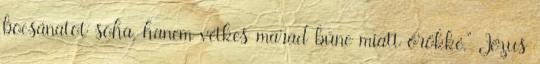
bocsánatot soha, hanem vétkes marad bűne miatt örökké.” Jézus